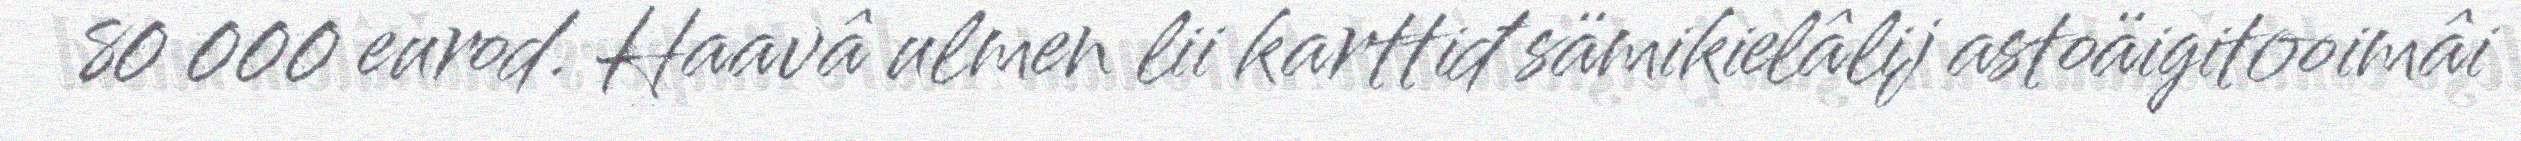
80 000 eurod. Haavâ ulmen lii karttiđ sämikielâlij astoäigitooimâi